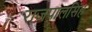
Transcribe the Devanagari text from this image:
राजपालसिंह